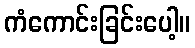
ကံကောင်းခြင်းပေါ့။